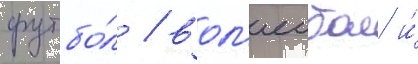
футбо́л / вол'еибол и́